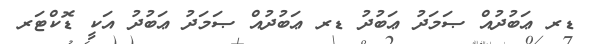
ޑރ ޢަބުދުއް ޞަމަދު ޢަބުދު ޑރ ޢަބުދުއް ޞަމަދު ޢަބުދު އަކީ ޑޮކްޓަރ